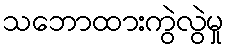
သဘောထားကွဲလွဲမှု